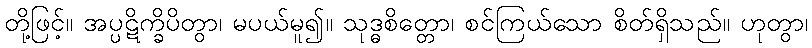
တို့ဖြင့်။ အပ္ပဋိက္ခိပိတွာ၊ မပယ်မူ၍။ သုဒ္ဓစိတ္တော၊ စင်ကြယ်သော စိတ်ရှိသည်။ ဟုတွာ၊